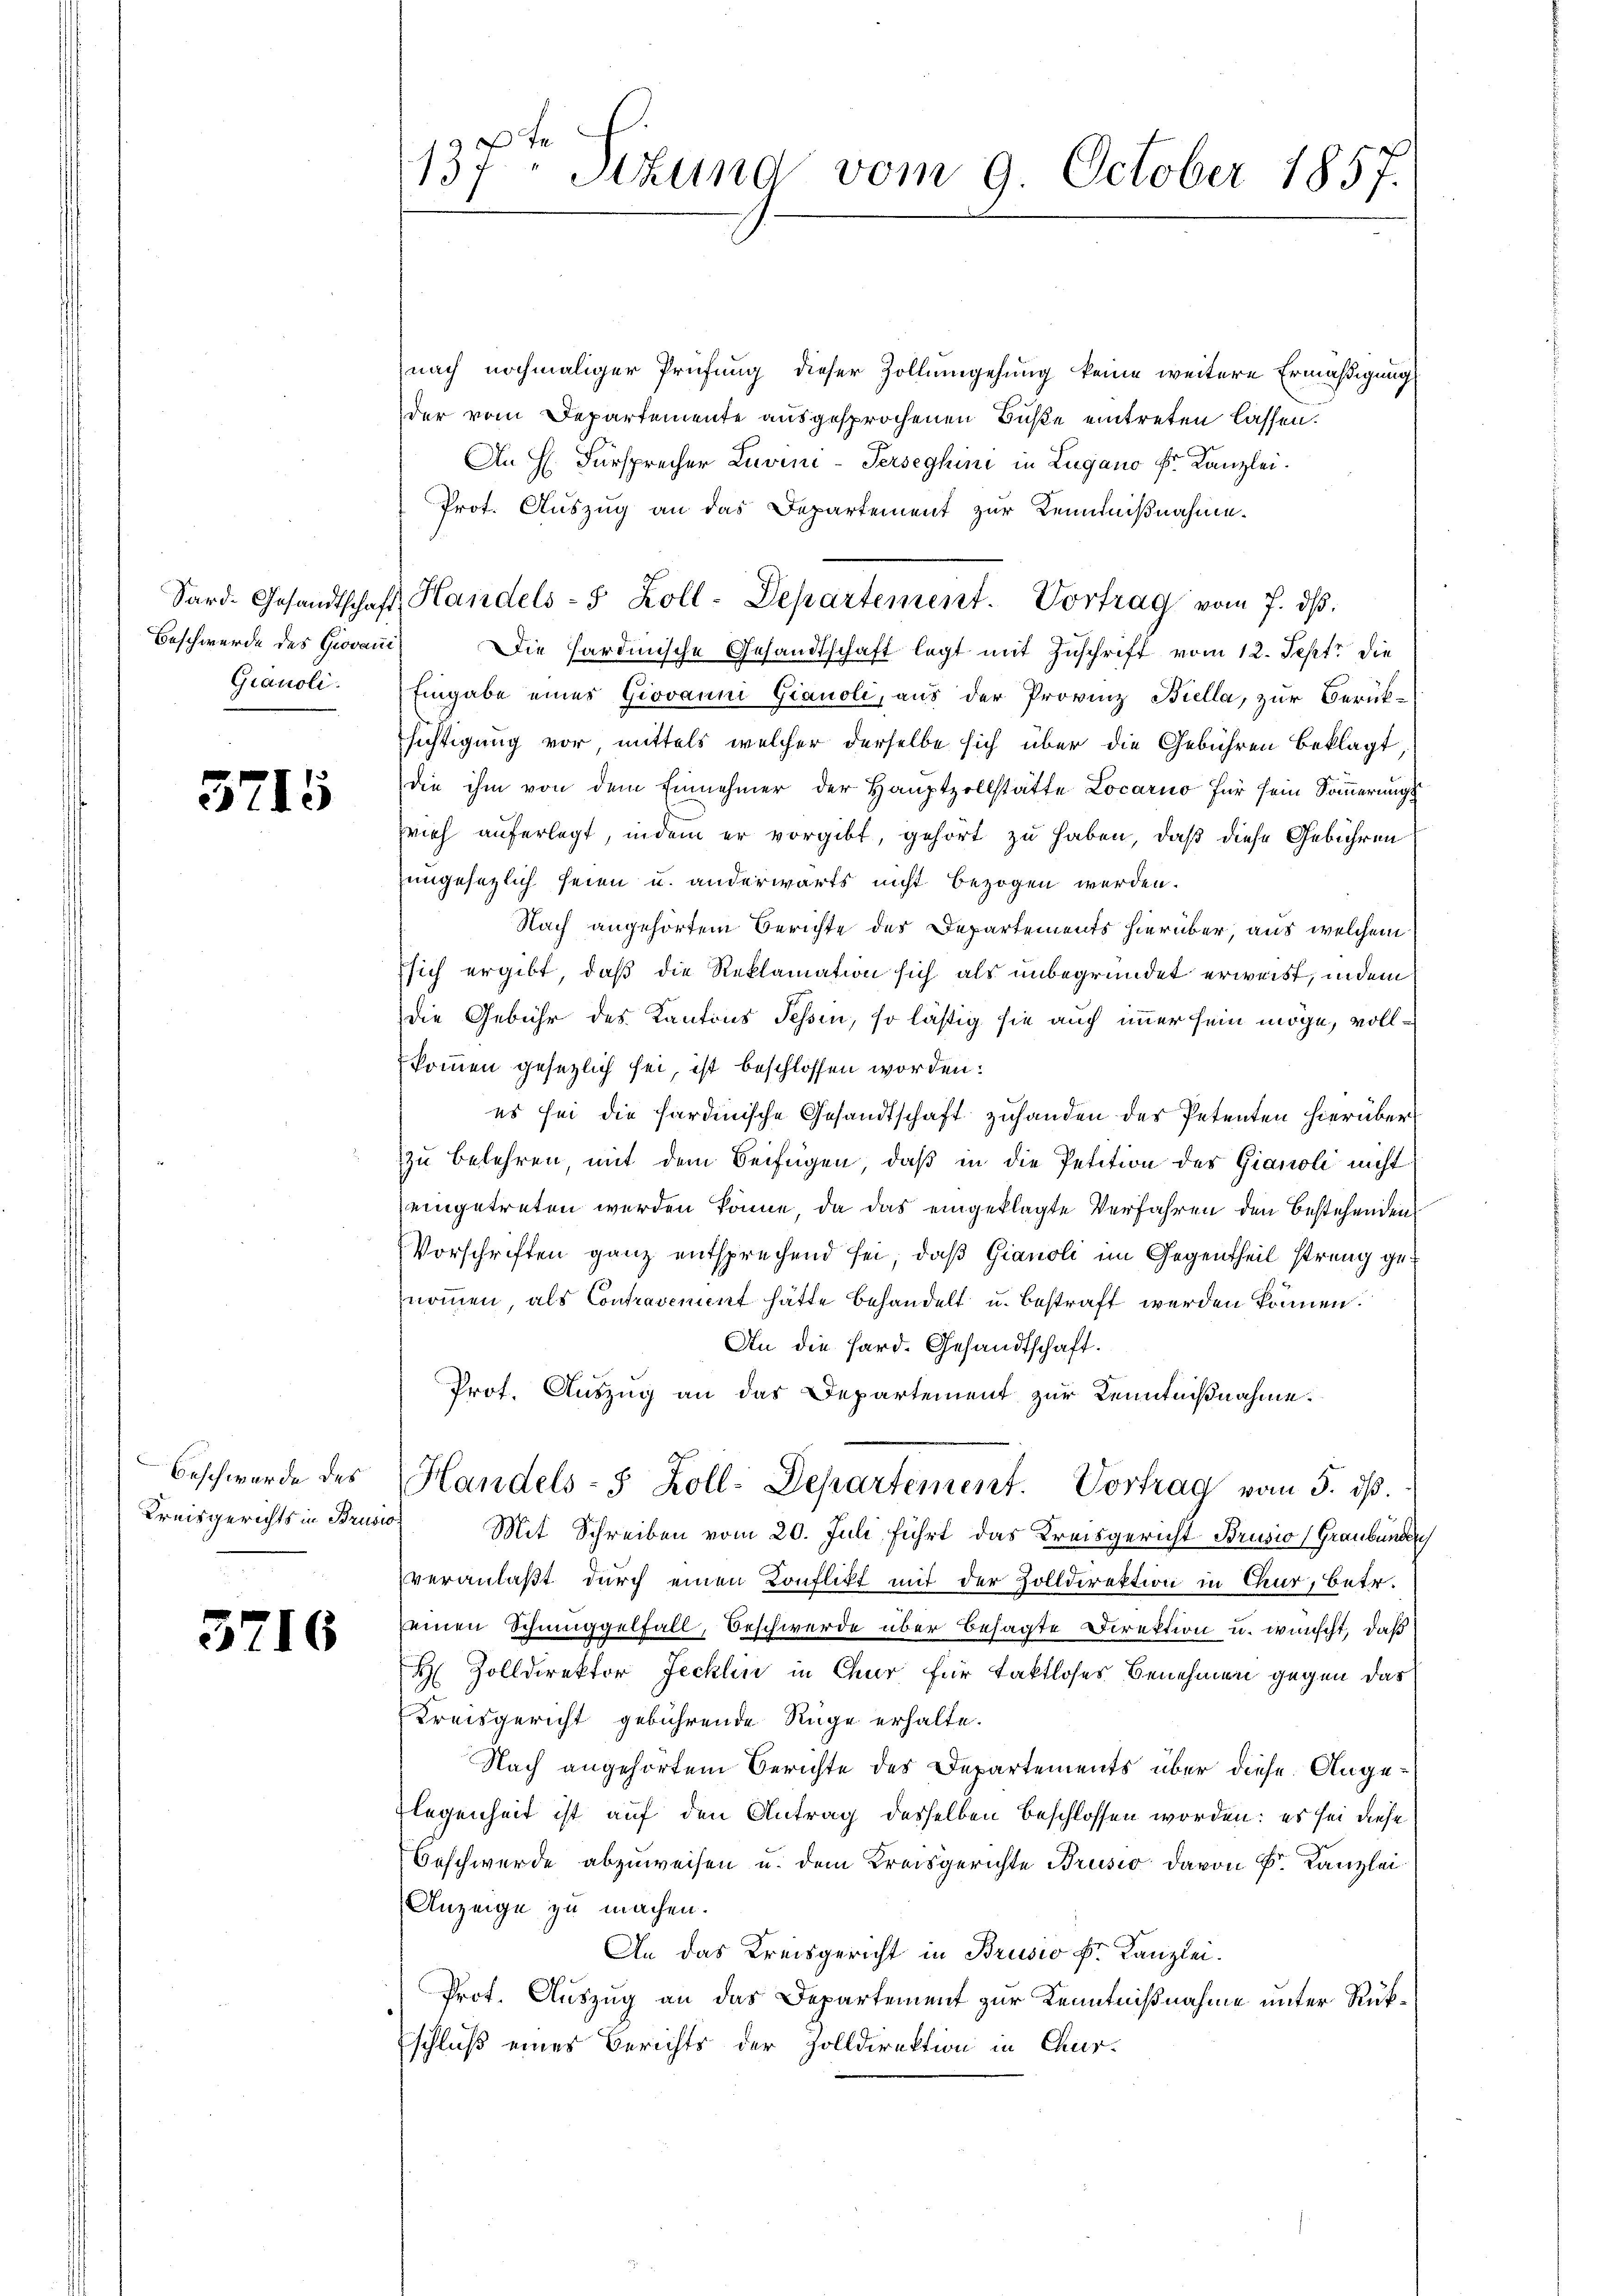
Beschwerde des Giovani
Gianoli.

5715

Kreisgerichts in Brusio

3716

nach nochmaliger Prüfung dieser Zollumgehung keine weitere Ermäßigung
der vom Departemente ausgesprochenen Buße eintreten lassen.
An H. Fürsprecher Luvini-Perseghini in Lugano k. Kanzlei.
Prot. Auszug an das Departement zur Kenntnißnahme.
Sard.Gesandtschaft Handels- 5 Zoll-Departement. Vortrag vom 7. dβ.
Die Hardinische Gesandtschaft legt mit Zuschrift vom 12. Sept. die
Eingabe einer Giovanni Gianoli, aus der Provinz Biella, zur Berücksichtigung vor mittels welcher derselbe sich über die Gebühren beklagt,
die ihm von dem Einnehmer der Hauptzollstätte Locarno für sein Sommerungs
rieh auferlegt, indem er vorgibt, gehört zu haben, daß diese Gebühren
ungesezlich seien u. anderwärts nicht bezogen werden.
Nach angehörtem Berichte des Departements hierüber, aus welchem
sich ergibt, daß die Reklamation sich als unbegründet erweist, in dem
Die Gebühr des Kantons Tessin, so lästig sie auch immer sein möge, vollkommen gesetzlich sei, ist beschlossen worden:
es sei die hardinische Gesandtschaft zuhanden des Petenten hierüber
zu belehren, mit dem Beifügen, daß in die Petition des Gianoli nicht
eingetreten werden könne, da das eingeklagte Verfahren den bestehenden
Vorschriften ganz entsprechend sei, daß Gianoli im Gegentheil streng genommen, als Contravement hätte behandelt u. bestraft werden können.
An die Hard. Gesandtschaft.
Prof. Auszug an das Departement zur Kenntnißnahme.
Beschwerde des Handels- 5 Zoll-Departement. Vortrag vom 5. dß.
Mit Schreiben vom 20. Juli führt das Kreisgericht Brusio (Graubünden
veranlaßt durch einen Konflikt mit der Zolldirektion in Chur, betr.
einen Schmuggelfall, Beschwerde über besagte Direktion u. wünscht, daß
H Zolldirektor Jecklin in Chur für Taktloses Benehmen gegen das
Kreisgericht gebührende Rüge erhalte.
Nach angehörtem Berichte des Departements über diese Ange¬
Flegenheit ist auf den Antrag desselben beschlossen worden: es sei diese
Beschwerde abzuweisen u. dem Kreisgerichte Brusio davon Fr. Kanzlei
Anzeige zu machen.
An das Kreisgericht in Brusio kr. Kanzlei.
Prot. Auszug an das Departement zur Kenntnißnahme unter Rükschluß eines Berichts der Zolldirektion in Chur-

x
137, Sitzung vom 9. October 1857.